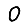
Digit: 0